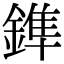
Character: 鎨